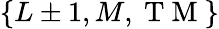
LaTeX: \{ L\pm 1,M,\mathrm{~T~M~}\}